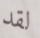
لقد